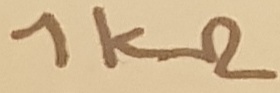
Text: 1kΩ